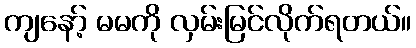
ကျနော့် မမကို လှမ်းမြင်လိုက်ရတယ်။